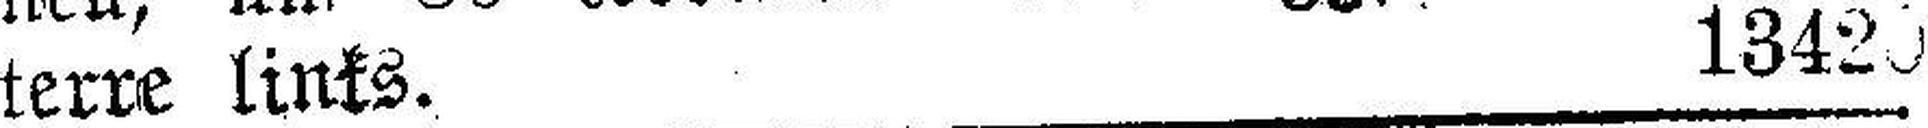
terre links. 13420